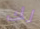
لك